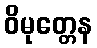
ဝိမုတ္တေန